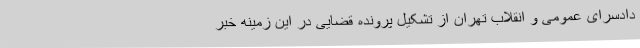
دادسرای عمومی و انقلاب تهران از تشکیل پرونده قضایی در این زمینه خبر